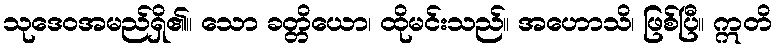
သုဒေဝအမည်ရှိ၏။ သော ခတ္တိယော၊ ထိုမင်းသည်။ အဟောသိ၊ ဖြစ်ပြီ။ ဣတိ